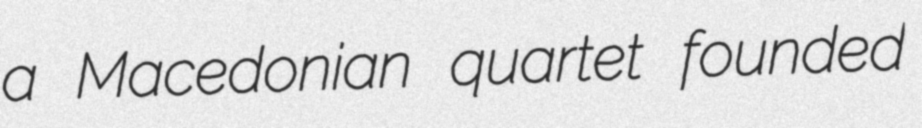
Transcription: a Macedonian quartet founded